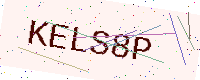
Text: KELS8P